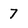
Character: 7